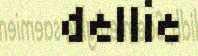
dellie